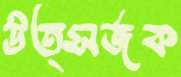
উত্সর্জক